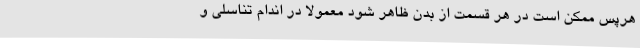
هرپس ممکن است در هر قسمت از بدن ظاهر شود معمولاً در اندام تناسلی و